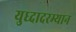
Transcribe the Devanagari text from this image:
युध्दादरम्यान